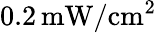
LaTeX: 0.2\, \mathrm{{mW}/\mathrm{{cm}^{2}}}